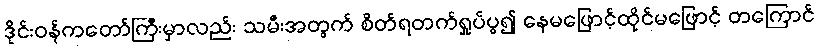
ဒိုင်းဝန်ကတော်ကြီးမှာလည်း သမီးအတွက် စိတ်ရတက်ရှုပ်ပွ၍ နေမဖြောင့်ထိုင်မဖြောင့် တကြောင်